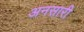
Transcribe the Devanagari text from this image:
अनसारी